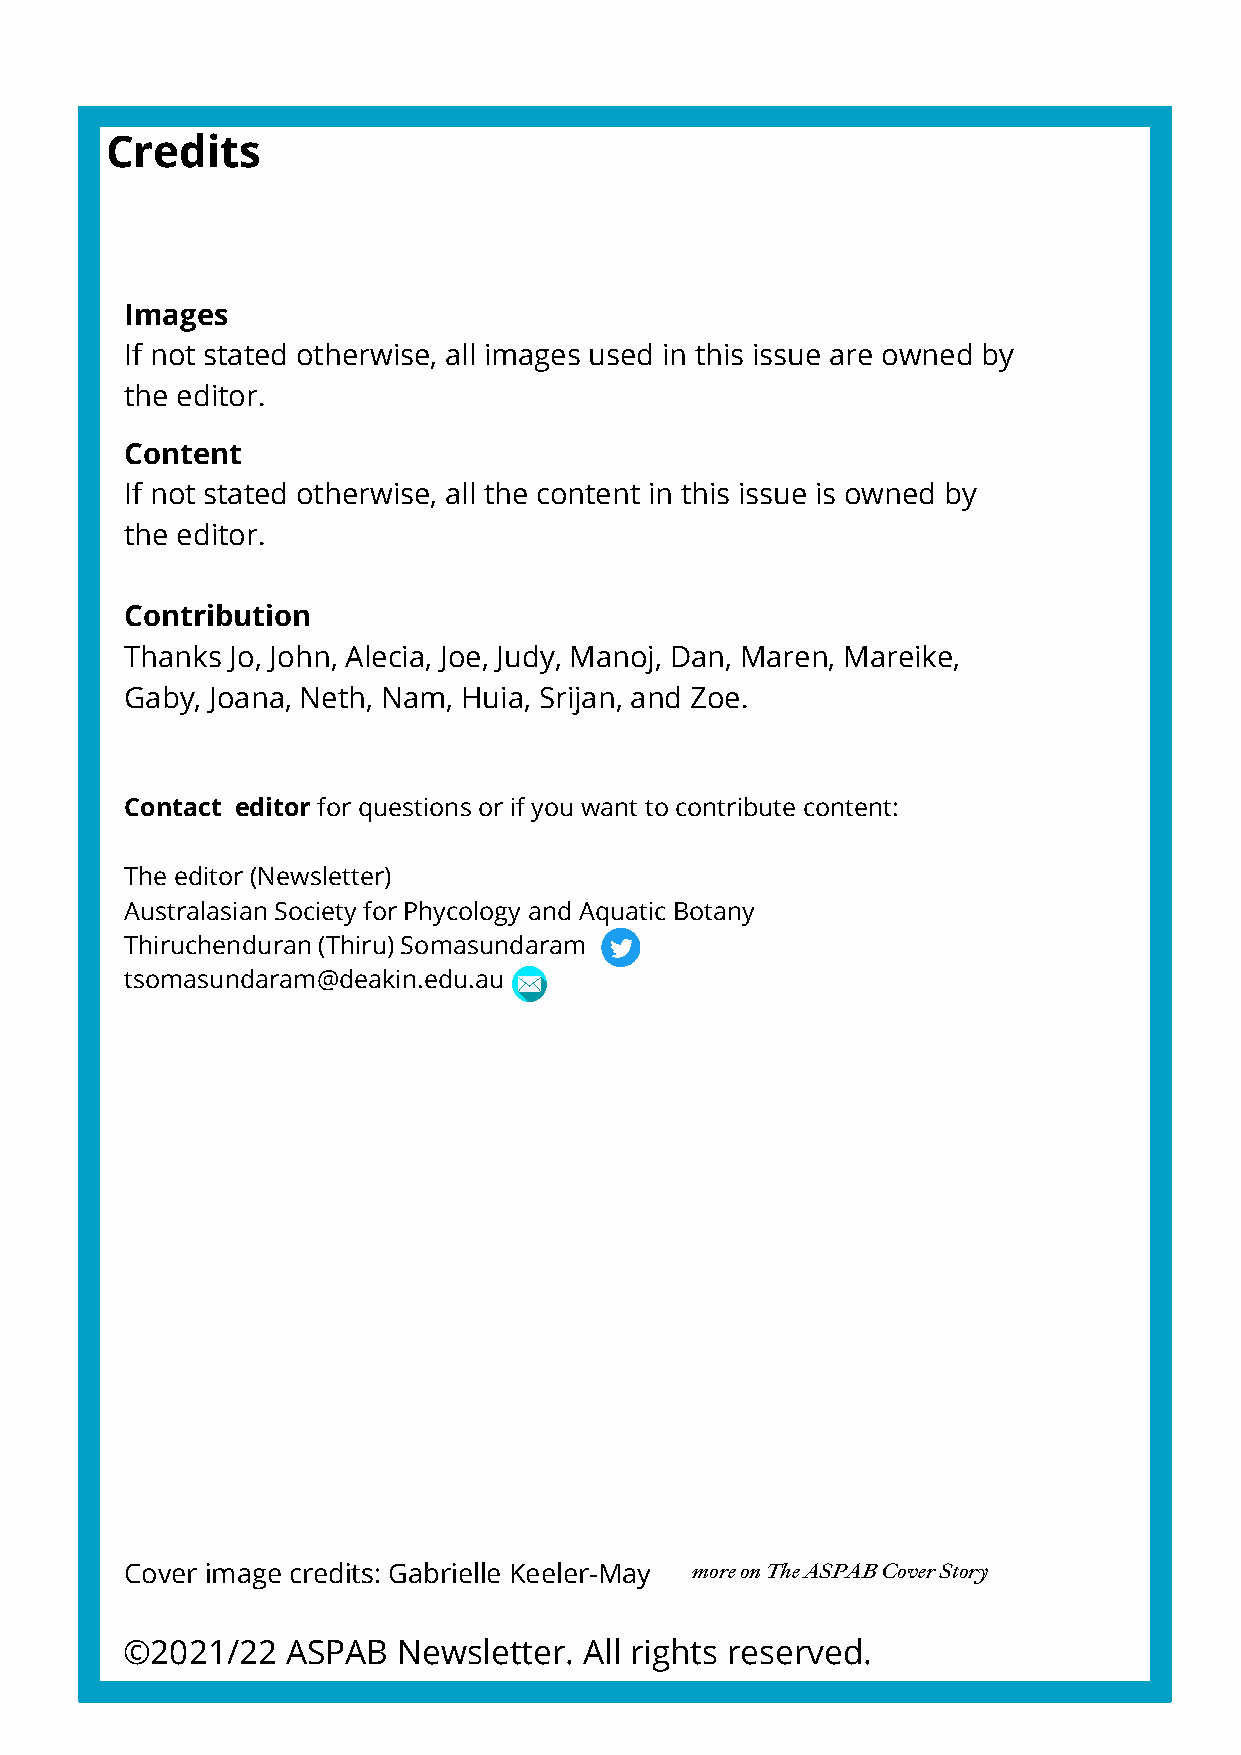
Credits
 Images
 If not stated otherwise, all images used in this issue are owned by
 the editor.
 Content
 If not stated otherwise, all the content in this issue is owned by
 the editor.
 Contribution
 Thanks Jo, John, Alecia, Joe, Judy, Manoj, Dan, Maren, Mareike,
 Gaby, Joana, Neth, Nam, Huia, Srijan, and Zoe.
 Contact editor for questions or if you want to contribute content:
 The editor (Newsletter)
 Australasian Society for Phycology and Aquatic Botany
 Thiruchenduran (Thiru) Somasundaram
 tsomasundaram@deakin.edu.au
 Cover image credits: Gabrielle Keeler-May more on The ASPAB Cover Story
 ©2021/22   ASPAB  Newsletter.  All rights reserved.